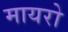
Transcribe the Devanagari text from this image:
मायरो